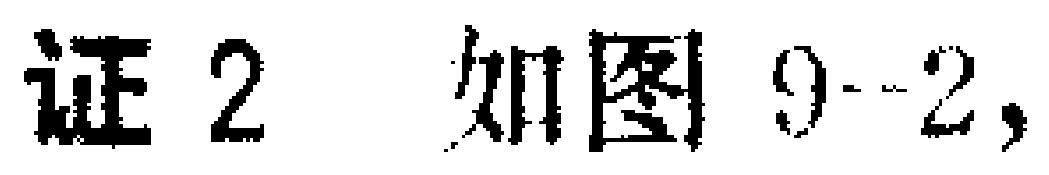
证2 如图9--2,